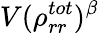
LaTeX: V(\rho_{rr}^{tot})^{\beta}